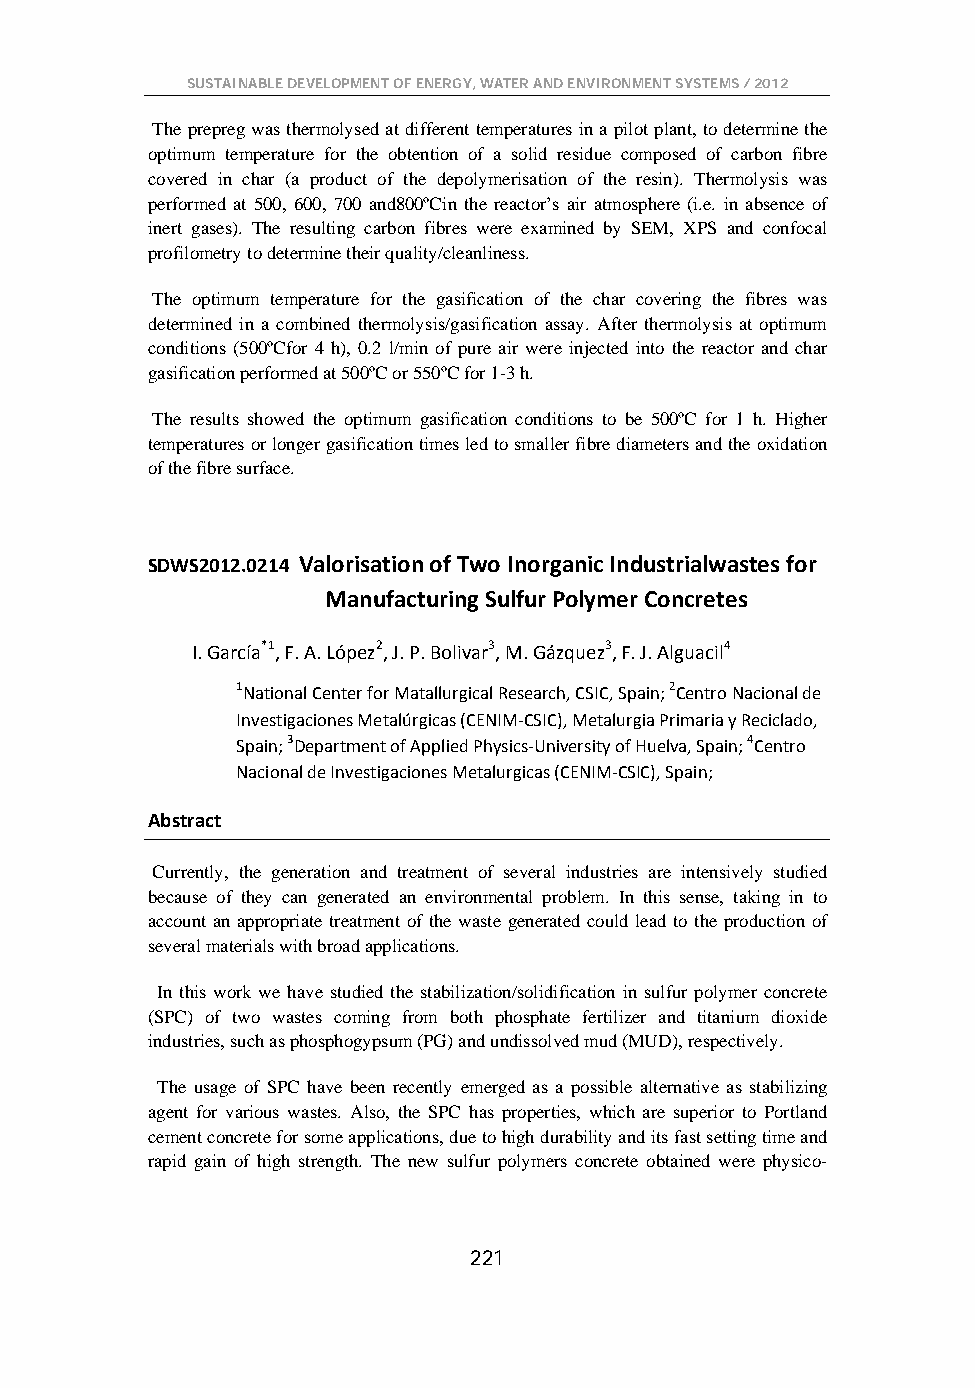
SUSTAINABLE DEVELOPMENT OF ENERGY, WATER AND ENVIRONMENT SYSTEMS / 2012
 The prepreg was thermolysed at different temperatures in a pilot plant, to determine the
 optimum temperature for the obtention of a solid residue composed of carbon fibre
 covered in char (a product of the depolymerisation of the resin). Thermolysis was
 performed at 500, 600, 700 and800ºCin the reactor’s air atmosphere (i.e. in absence of
 inert gases). The resulting carbon fibres were examined by SEM, XPS and confocal
 profilometry to determine their quality/cleanliness.
 The optimum temperature for the gasification of the char covering the fibres was
 determined in a combined thermolysis/gasification assay. After thermolysis at optimum
 conditions (500ºCfor 4 h), 0.2 l/min of pure air were injected into the reactor and char
 gasification performed at 500ºC or 550ºC for 1-3 h.
 The results showed the optimum gasification conditions to be 500ºC for 1 h. Higher
 temperatures or longer gasification times led to smaller fibre diameters and the oxidation
 of the fibre surface.
 SDWS2012.0214 Valorisation of Two Inorganic Industrialwastes for
 Manufacturing Sulfur Polymer Concretes
 I. García*1, F. A. López2, J. P. Bolivar3, M. Gázquez3, F. J. Alguacil4
 1National Center for Matallurgical Research, CSIC, Spain; 2Centro Nacional de
 Investigaciones Metalúrgicas (CENIM-CSIC), Metalurgia Primaria y Reciclado,
 Spain; 3Department of Applied Physics-University of Huelva, Spain; 4Centro
 Nacional de Investigaciones Metalurgicas (CENIM-CSIC), Spain;
 Abstract
 Currently, the generation and treatment of several industries are intensively studied
 because of they can generated an environmental problem. In this sense, taking in to
 account an appropriate treatment of the waste generated could lead to the production of
 several materials with broad applications.
 In this work we have studied the stabilization/solidification in sulfur polymer concrete
 (SPC) of two wastes coming from both phosphate fertilizer and titanium dioxide
 industries, such as phosphogypsum (PG) and undissolved mud (MUD), respectively.
 The usage of SPC have been recently emerged as a possible alternative as stabilizing
 agent for various wastes. Also, the SPC has properties, which are superior to Portland
 cement concrete for some applications, due to high durability and its fast setting time and
 rapid gain of high strength. The new sulfur polymers concrete obtained were physico-
 221